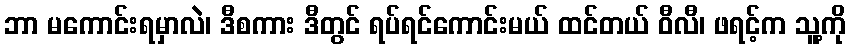
ဘာ မကောင်းရမှာလဲ၊ ဒီစကား ဒီတွင် ရပ်ရင်ကောင်းမယ် ထင်တယ် ဝီလီ၊ ဖရင့်က သူ့ကို